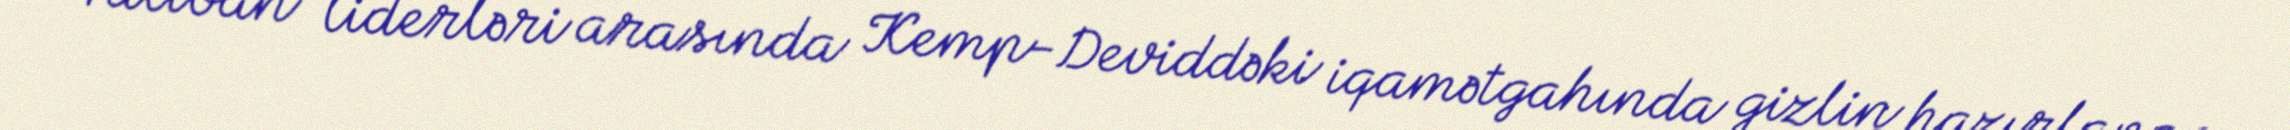
“Taliban” liderləri arasında Kemp-Deviddəki iqamətgahında gizlin hazırlanan